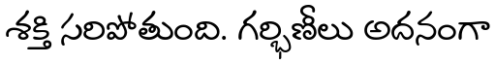
శక్తి సరిపోతుంది. గర్భిణీలు అదనంగా